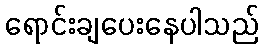
ရောင်းချပေးနေပါသည်